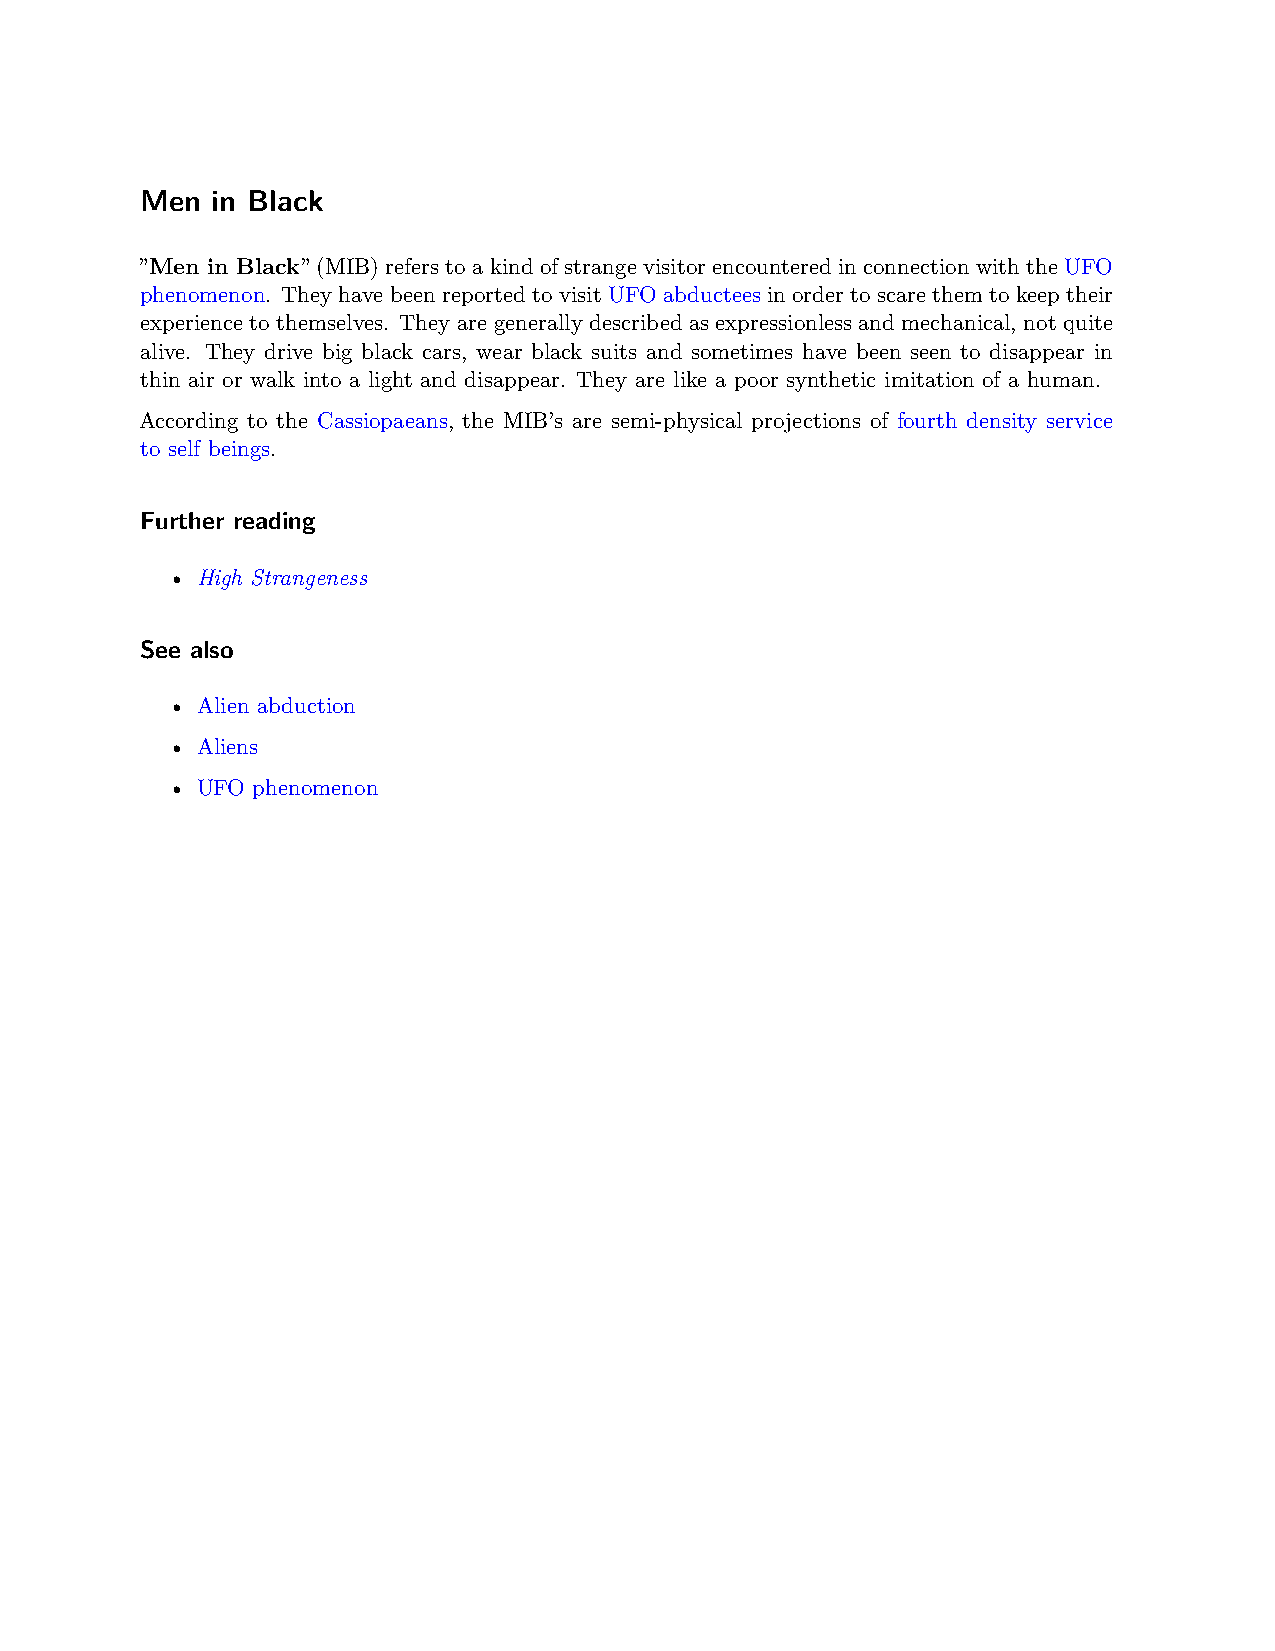
Men  in Black
 ”Men in Black” (MIB) refers to a kind of strange visitor encountered in connection with the UFO
 phenomenon. They have been reported to visit UFO abductees in order to scare them to keep their
 experience to themselves. They are generally described as expressionless and mechanical, not quite
 alive. They drive big black cars, wear black suits and sometimes have been seen to disappear in
 thin air or walk into a light and disappear. They are like a poor synthetic imitation of a human.
 According to the Cassiopaeans, the MIB’s are semi-physical projections of fourth density service
 to self beings.
 Further reading
 • High Strangeness
 See also
 • Alien abduction
 • Aliens
 • UFO phenomenon